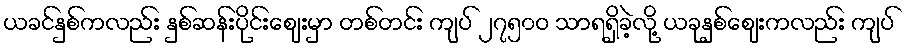
ယခင်နှစ်ကလည်း နှစ်ဆန်းပိုင်းဈေးမှာ တစ်တင်း ကျပ် ၂၇၅၀ဝ သာရရှိခဲ့လို့ ယခုနှစ်ဈေးကလည်း ကျပ်